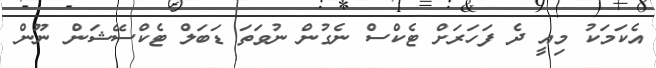
އެކަމަކު މިއީ ދެ ފަހަރަށް ޓެކްސް ނެގުން ނުވަތަ ޑަބަލް ޓެކްސޭޝަން ނޫން